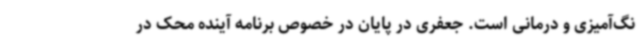
نگ‌آمیزی و درمانی است. جعفری در پایان در خصوص برنامه آینده محک در